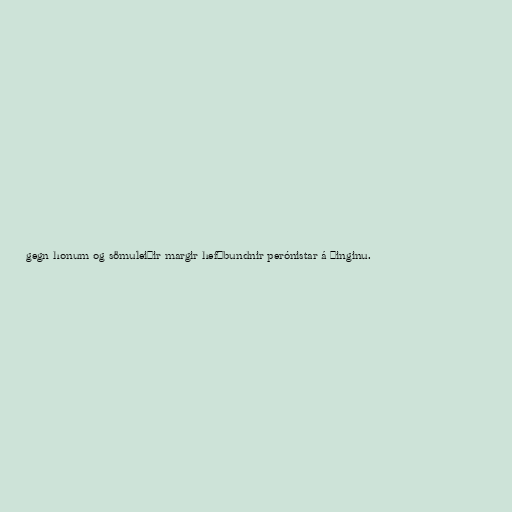
gegn honum og sömuleiðir margir hefðbundnir perónistar á þinginu.